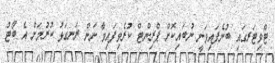
ޓްވިޓަރގައި ބުނެފައިވަނީ ނުބައިކޮށް ޕްރިންޓް ކުރެވިފައިވާ ނަން ރަނގަޅު ކުރުމަށް އެ ބޯޓު